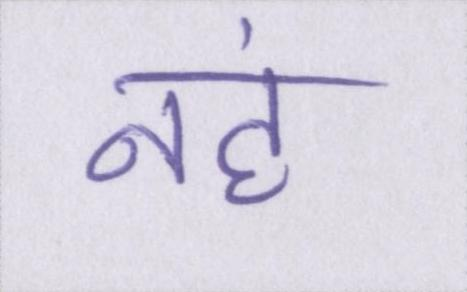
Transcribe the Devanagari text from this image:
नहं